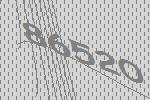
86520